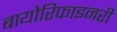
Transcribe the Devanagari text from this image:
बायोरिफाइनरी